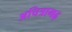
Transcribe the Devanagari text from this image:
अचित्रागढ़